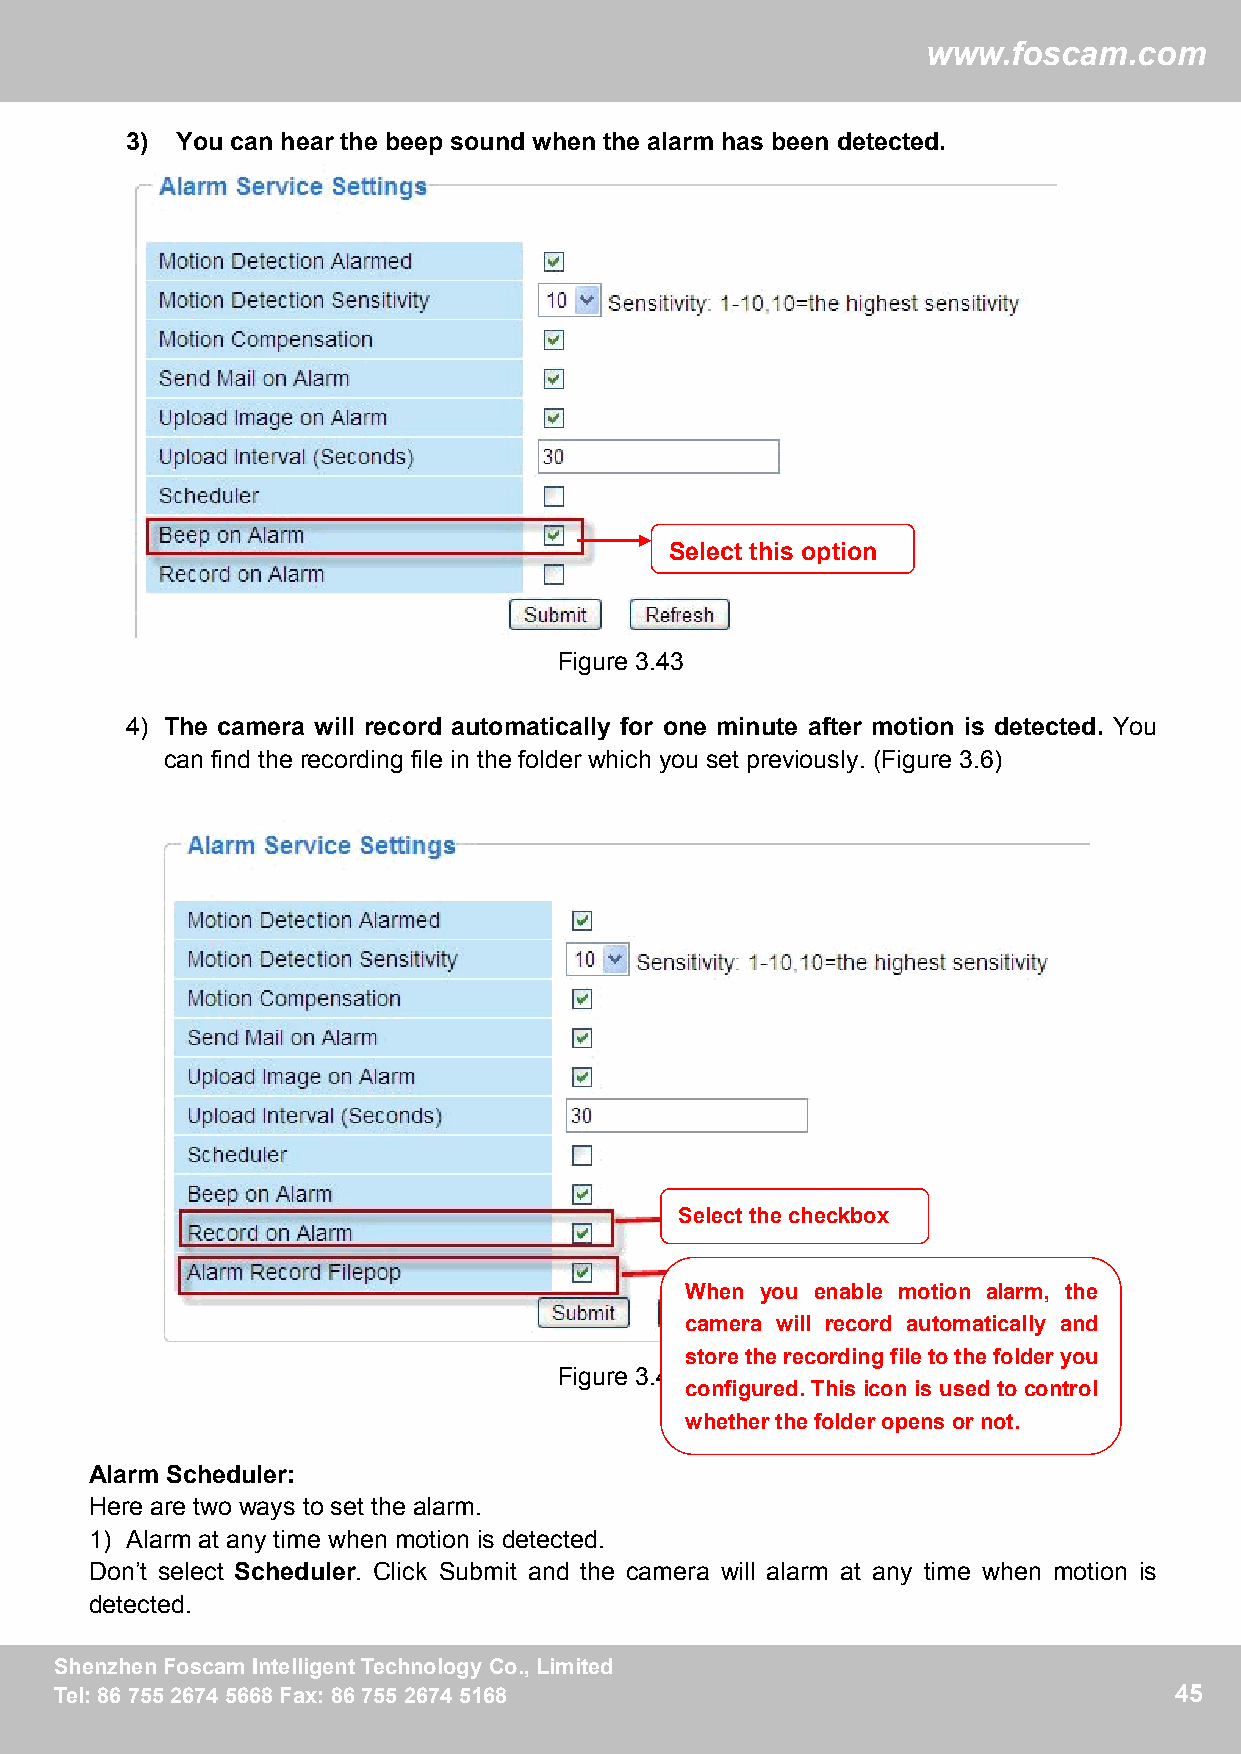
ww
 wwwwww..ffoossccaamm..ccoomm
 3)  You can hear the beep sound when the alarm has been detected.
 Select this option
 Figure 3.43
 4) The camera will record automatically for one minute after motion is detected. You
 can find the recording file in the folder which you set previously. (Figure 3.6)
 Select thecheckbox
 When you enable motion alarm, the
 camera will record automatically and
 storetherecordingfiletothefolderyou
 Figure 3.44
 configured. This icon is used to control
 whether thefolder opens or not.
 Alarm Scheduler:
 Here are two ways to set the alarm.
 1) Alarm at any time when motion is detected.
 Don’t select Scheduler. Click Submit and the camera will alarm at any time when motion is
 detected.
 SShheennzzhheennFFoossccaammIInntteelllliiggeennttTTeecchhnnoollooggyyCCoo..,,LLiimmiitteedd 45
 TTeell::88667755552266774455666688FFaaxx::88667755552266774455116688      45